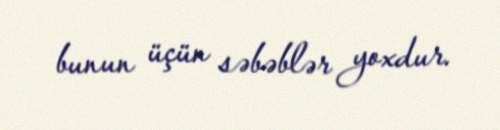
bunun üçün səbəblər yoxdur.